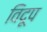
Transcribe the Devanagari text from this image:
विदूप